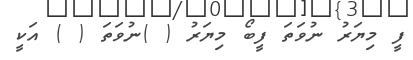
ފީ މިޔަރު ނުވަތަ ފީބޯ މިޔަރު ( )ނުވަތަ ( ) އަކީ